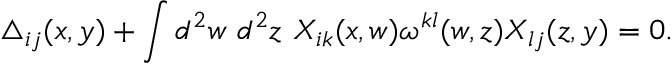
\triangle _ { i j } ( x , y ) + \int d ^ { 2 } w ~ d ^ { 2 } z ~ X _ { i k } ( x , w ) \omega ^ { k l } ( w , z ) X _ { l j } ( z , y ) = 0 .